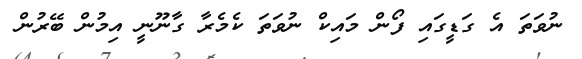
ނުވަތަ އެ ގަޑީގައި ފޯން މައިކް ނުވަތަ ކެމެރާ ގާނޫނީ އިމުން ބޭރުން